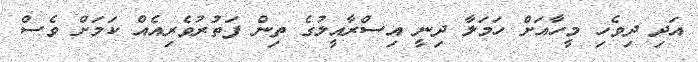
އަދި ދިވެހި މީހާއަށް ހަމަލާ ދިނީ އިސްރާއީލުގެ ތިން ފަތުރުވެރިއެއް ކަމަށް ވެސް